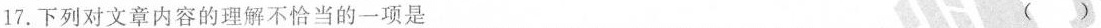
17.下列对文章内容的理解不恰当的一项是 ()